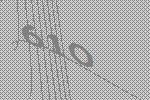
610